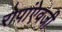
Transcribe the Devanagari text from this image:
रोपांएेवजी